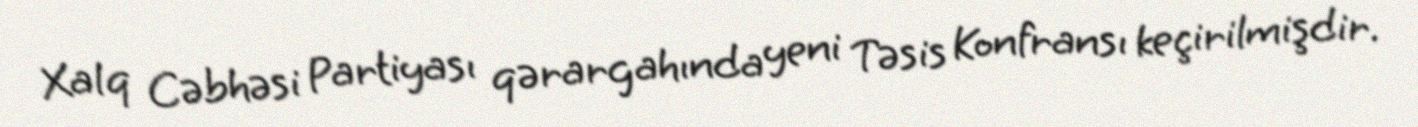
Xalq Cəbhəsi Partiyası qərargahında yeni Təsis Konfransı keçirilmişdir.